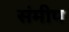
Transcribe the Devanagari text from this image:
संमीप